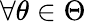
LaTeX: \forall\theta\in\Theta